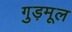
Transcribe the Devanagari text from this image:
गुड़मूल